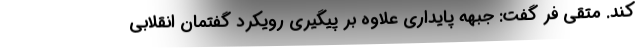
کند. متقی فر گفت: جبهه پایداری علاوه بر پیگیری رویکرد گفتمان انقلابی